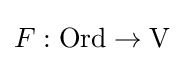
F:{\textrm {Ord}}\to {\textrm {V}}